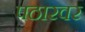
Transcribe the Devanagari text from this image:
पठारवर